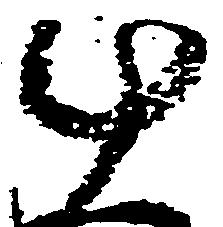
十